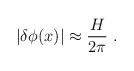
\begin{align*}|\delta\phi(x)| \approx \frac{H}{2\pi}\ .\end{align*}